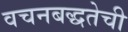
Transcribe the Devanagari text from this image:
वचनबद्धतेची